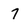
Character: 7